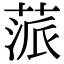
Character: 蒎